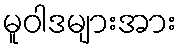
မူဝါဒများအား